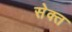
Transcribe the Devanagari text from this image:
सेक्त